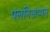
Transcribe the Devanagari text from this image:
पलनिअप्पन